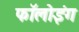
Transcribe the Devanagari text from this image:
फॉलोइंग